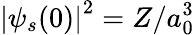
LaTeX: \left|\psi_{s}(0)\right|^{2}=Z/a_{0}^{3}